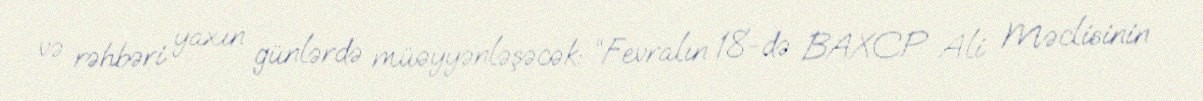
və rəhbəri yaxın günlərdə müəyyənləşəcək: “Fevralın 18-də BAXCP Ali Məclisinin